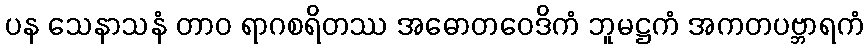
ပန သေနာသနံ တာဝ ရာဂစရိတဿ အဓောတဝေဒိကံ ဘူမဋ္ဌကံ အကတပဗ္ဘာရကံ